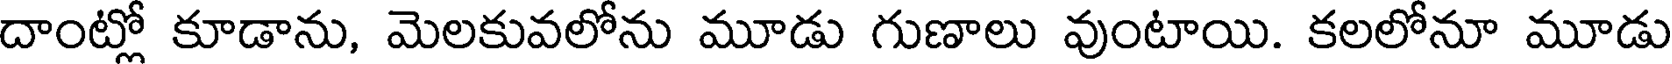
దాంట్లో కూడాను, మెలకువలోను మూడు గుణాలు వుంటాయి. కలలోనూ మూడు